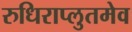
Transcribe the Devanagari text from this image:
रुधिराप्लुतमेव